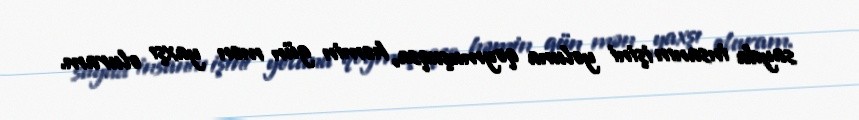
sayda insanın işini yoluna qoymuşuqsa, həmin gün mən yaxşı oluram.